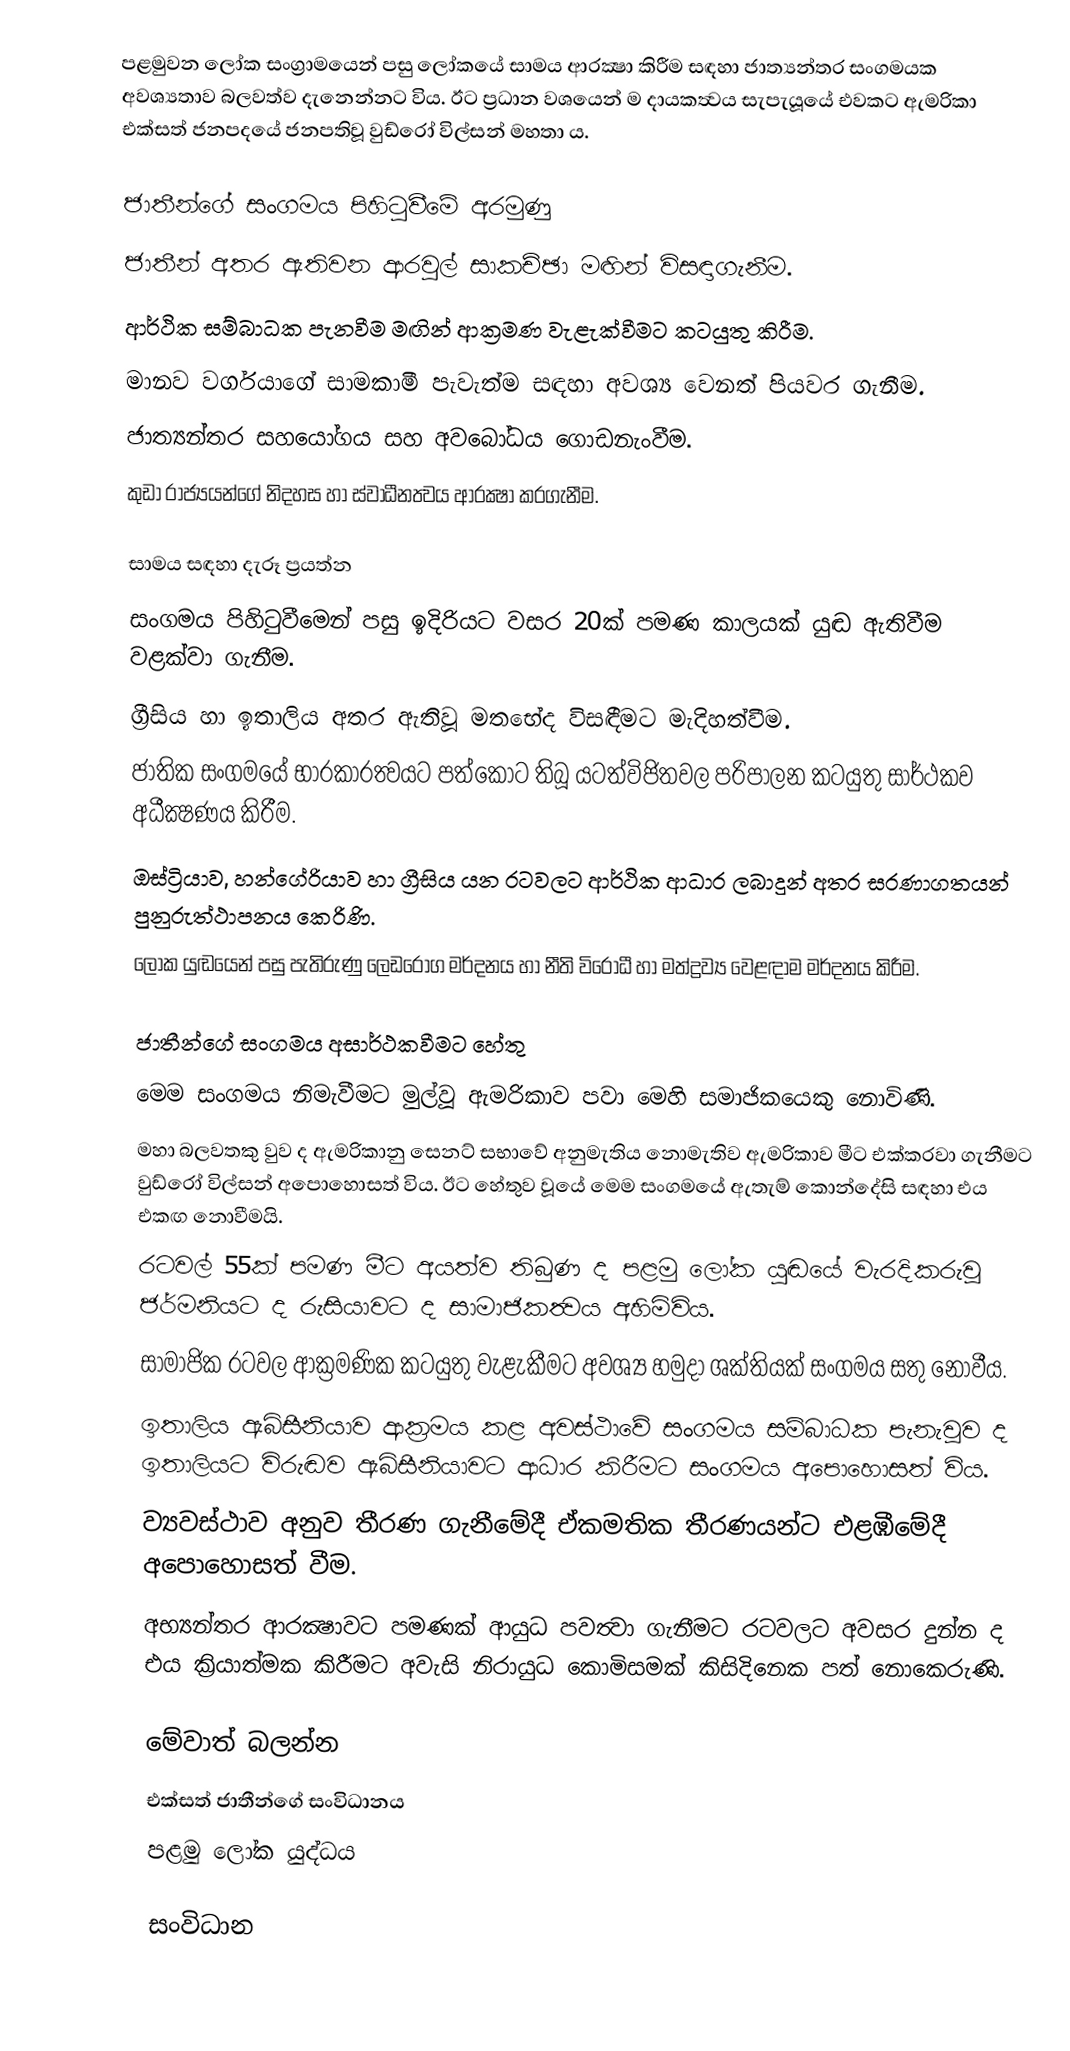
පළමුවන ලෝක සංග්‍රාමයෙන් පසු ලෝකයේ සාමය ආරක්‍ෂා කිරීම සඳහා ජාත්‍යන්තර සංගමයක අවශ්‍යතාව බලවත්ව දැනෙන්නට විය. ඊට ප්‍රධාන වශයෙන් ම දායකත්‍වය සැපැයූයේ එවකට ඇමරිකා එක්සත් ජනපදයේ ජනපතිවූ වුඩ්රෝ විල්සන් මහතා ය.

ජාතීන්ගේ සංගමය පිහිටුවීමේ අරමුණු
 ජාතීන් අතර ඇතිවන ආරවුල් සාකච්ඡා මඟින් විසඳාගැනීම.
 ආර්ථික සම්බාධක පැනවීම මඟින් ආක්‍රමණ වැළැක්වීමට කටයුතු කිරීම.
 මානව වර්ගයාගේ සාමකාමී පැවැත්ම සඳහා අවශ්‍ය වෙනත් පියවර ගැනීම.
 ජාත්‍යන්තර සහයෝගය සහ අවබෝධය ගොඩනැංවීම.
 කුඩා රාජ්‍යයන්ගේ නිදහස හා ස්වාධීනත්‍වය ආරක්‍ෂා කරගැනීම.

සාමය සඳහා දැරූ ප්‍රයත්න
 සංගමය පිහිටුවීමෙන් පසු ඉදිරියට වසර 20ක් පමණ කාලයක් යුඬ ඇතිවීම වළක්වා ගැනීම.
 ග්‍රීසිය හා ඉතාලිය අතර ඇතිවූ මතභේද විසඳීමට මැදිහත්වීම.
 ජාතික සංගමයේ භාරකාරත්‍වයට පත්කොට තිබූ යටත්විජිතවල පරිපාලන කටයුතු සාර්ථකව අධීක්‍ෂණය කිරීම.
 ඔස්ට්‍රියාව, හන්ගේරියාව හා ග්‍රීසිය යන රටවලට ආර්ථික ආධාර ලබාදුන් අතර සරණාගතයන් පුනුරුත්ථාපනය කෙරිණි.
 ලෝක යුඬයෙන් පසු පැතිරුණු ලෙඩරෝග මර්දනය හා නීති විරෝධී හා මත්ද්‍රව්‍ය වෙළඳාම මර්දනය කිරීම.

ජාතීන්ගේ සංගමය අසාර්ථකවීමට හේතු
 මෙම සංගමය නිමැවීමට මුල්වූ ඇමරිකාව පවා මෙහි සමාජිකයෙකු නොවිණි.
මහා බලවතකු වුව ද ඇමරිකානු සෙනට් සභාවේ අනුමැතිය නොමැතිව ඇමරිකාව මීට එක්කරවා ගැනීමට වුඩ්රෝ විල්සන් අපොහොසත් විය. ඊට හේතුව වූයේ මෙම සංගමයේ ඇතැම් කොන්දේසි සඳහා එය එකඟ නොවීමයි.
 රටවල් 55ක් පමණ මීට අයත්ව තිබුණ ද පළමු ලෝක යුඬයේ වැරදිකරුවූ ජර්මනියට ද රුසියාවට ද සාමාජිකත්‍වය අහිමිවිය.
 සාමාජික රටවල ආක්‍රමණික කටයුතු වැළැකීමට අවශ්‍ය හමුදා ශක්තියක් සංගමය සතු නොවීය.
 ඉතාලිය ඇබිසීනියාව ආක්‍රමය කළ අවස්ථාවේ සංගමය සම්බාධක පැනැවූව ද ඉතාලියට විරුඬව ඇබිසීනියාවට ආධාර කිරීමට සංගමය අපොහොසත් විය.
 ව්‍යවස්ථාව අනුව තීරණ ගැනීමේදී ඒකමතික තීරණයන්ට එළඹීමේදී අපොහොසත් වීම.
 අභ්‍යන්තර ආරක්‍ෂාවට පමණක් ආයුධ පවත්‍වා ගැනීමට රටවලට අවසර දුන්න ද එය ක්‍රියාත්මක කිරීමට අවැසි නිරායුධ කොමිසමක් කිසිදිනෙක පත් නොකෙරුණි.

මේවාත් බලන්න
 එක්සත් ජාතීන්ගේ සංවිධානය
 පළමු ලෝක යුද්ධය

සංවිධාන